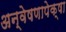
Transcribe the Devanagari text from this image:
अन्वेषणापेक्षा